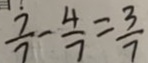
\frac { 7 } { 7 } - \frac { 4 } { 7 } = \frac { 3 } { 7 }